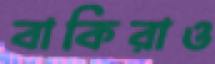
বাকিরাও